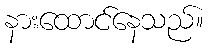
နားထောင်နေသည်။